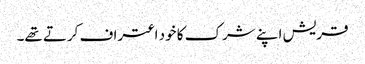
قریش اپنے شرک کا خود اعتراف کرتے تھے۔